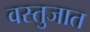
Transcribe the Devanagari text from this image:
वस्तुजात